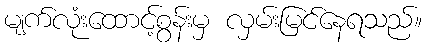
မျက်လုံးထောင့်စွန်းမှ လှမ်းမြင်နေရသည်။